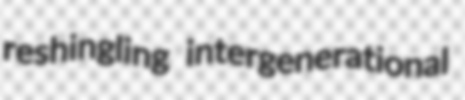
reshingling intergenerational